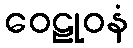
ဝေဠုဝနံ